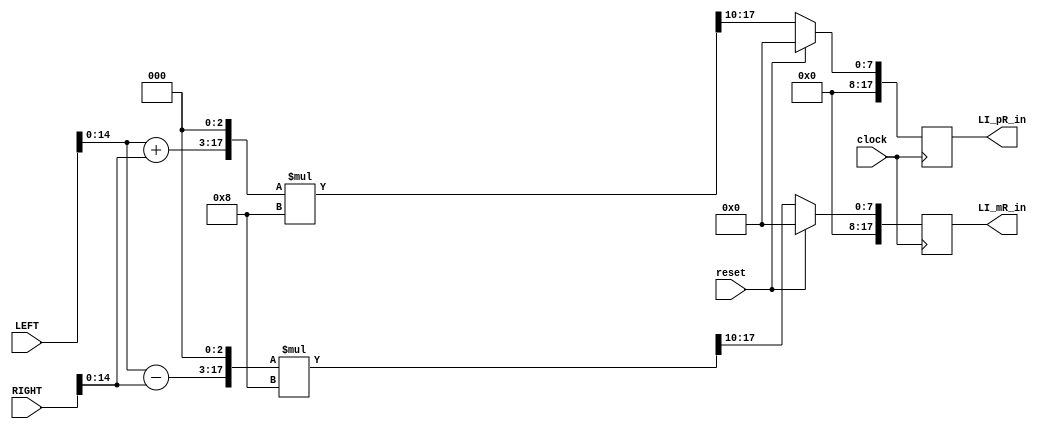
//-------------------------------------------------------------------------------
//  FEUP / MIEEC - Digital Systems Design 2018/2019
//
//  Module for Lab Project 3:
//     Implementation of an All-digital FM stereo Modulator
//
//  MIEEC - Joo Beleza up201402831@fe.up.pt
//          Pedro Costa up201402793@fe.up.pt
//
//  DELIVER DATE: XX/XX/201X
//-------------------------------------------------------------------------------

`timescale 1ns / 1ps

module BLOCK_SF48(

	input clock,
	input reset,
   input [17:0] LEFT,
   input [17:0] RIGHT,
   output reg [17:0] LI_mR_in,
   output reg [17:0] LI_pR_in
   );

`define GROUPID 72'h201402831_201402793
initial $display("Joo Beleza; Pedro Costa;");

// PARAMETERS
// CONNECTIONS
wire [17:0] LpR, LmR;
reg [3:0] Ks = 1.1, Kd = 1.1;

// LmR and LpR Calculation (3 Decimals)
assign LpR = (LEFT + RIGHT) << 3;
assign LmR = (LEFT - RIGHT) << 3;

// LpR with Ks Output
always @(posedge clock)
begin
	if (reset) begin
		LI_pR_in <= 0;
		LI_mR_in <= 0;
	end else begin
		LI_pR_in <= ((LpR * (Ks << 3)) >> 10);
		LI_mR_in <= ((LmR * (Kd << 3)) >> 10);
	end
end
endmodule